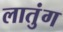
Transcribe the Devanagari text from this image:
लातुंग